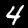
Digit: 4